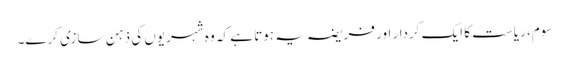
سوم، ریاست کا ایک کردار اور فریضہ یہ ہوتا ہے کہ وہ شہریوں کی ذہن سازی کرے۔